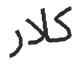
كلار